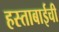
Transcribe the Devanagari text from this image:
हस्ताबाईची